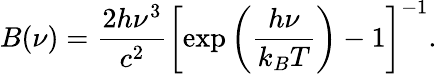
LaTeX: B(\nu)=\frac{2h\nu^{3}}{c^{2}}\left[\exp\left(\frac{h\nu}{k_{B}T}\right)-1\right]^{-1}.